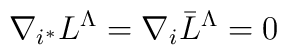
\nabla_{i^*} L^\Lambda = \nabla_i \bar L^\Lambda =0